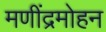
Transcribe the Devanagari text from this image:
मणींद्रमोहन